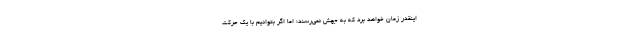
اینقدر زمان خواهد برد که به جهش نمی‌رسند؛ اما اگر بتوانیم با یک حرکت